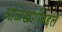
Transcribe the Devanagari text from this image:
ओळखणीबद्दल